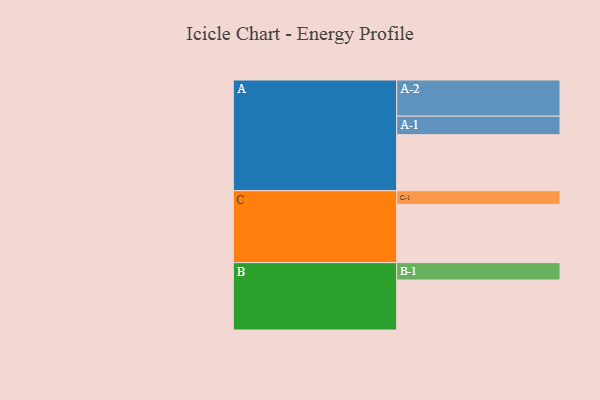
{"axis": {"x": "Segment", "y": "Value"}, "legend": ["", "A", "B", "C"], "data": [{"x": "A", "y": 442, "type": ""}, {"x": "B", "y": 394, "type": ""}, {"x": "C", "y": 459, "type": ""}, {"x": "A-1", "y": 146, "type": "A"}, {"x": "A-2", "y": 285, "type": "A"}, {"x": "B-1", "y": 137, "type": "B"}, {"x": "C-1", "y": 108, "type": "C"}]}